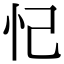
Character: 忋